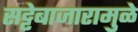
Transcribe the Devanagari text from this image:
सट्टेबाजारामुळे